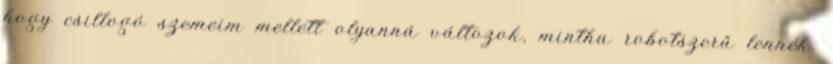
hogy csillogó szemeim mellett olyanná változok, mintha robotszerű lennék.